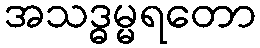
အသဒ္ဓမ္မရတော